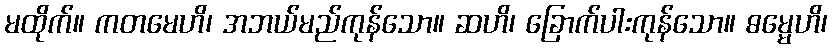
မထိုက်။ ကတမေဟိ၊ အဘယ်မည်ကုန်သော။ ဆဟိ၊ ခြောက်ပါးကုန်သော။ ဓမ္မေဟိ၊